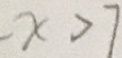
- x > 7